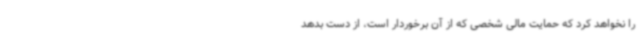
را نخواهد کرد که حمایت مالی شخصی که از آن برخوردار است، از دست بدهد